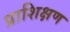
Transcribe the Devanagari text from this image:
प्राशिक्षण